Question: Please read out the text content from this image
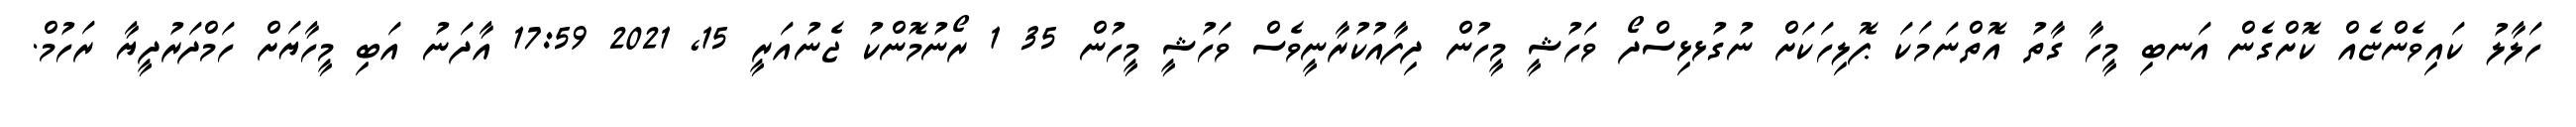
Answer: ހަލާލު ކައިވެންޏެއް ކޮށްގެން އަނބި މީހާ ގާތު އޮތްނަމަކަ ޕޮލިހަކަށް ނުގުޅޅިސްދޯ ވަހުޝީ މީހުން ދިފާއުކުރާނީވެސް ވަހުޝީ މީހުން 35 1 ރޯނުމޮންކު ޖެނުއަރީ 15, 2021 17:59 އާދަނު އަބި މީހާޔަށް ހަމްދަރުދީޔާ ރަހުމް.